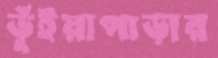
ভূঁইয়াপাড়ার